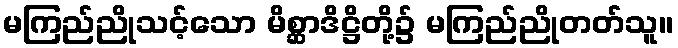
မကြည်ညိုသင့်သော မိစ္ဆာဒိဋ္ဌိတို့၌ မကြည်ညိုတတ်သူ။